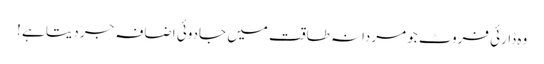
وہ ڈارئی فروٹ جو مردانہ طاقت میں جادوئی اضافہ جر دیتا ہے !